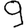
Digit: 9